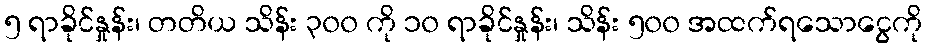
၅ ရာခိုင်နှုန်း၊ တတိယ သိန်း ၃၀၀ ကို ၁၀ ရာခိုင်နှုန်း၊ သိန်း ၅၀၀ အထက်ရသောငွေကို